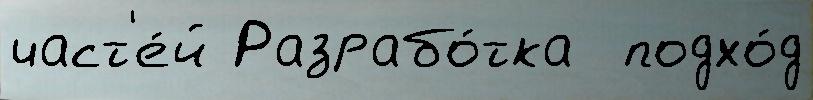
част'е́й Разрабо́тка  подхо́д